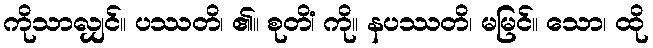
ကိုသာလျှင်။ ပဿတိ၊ ၏။ စုတိံ၊ ကို။ နပဿတိ၊ မမြင်။ သော၊ ထို